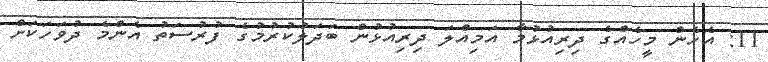
11: އެހެން މީހެއްގެ ދިރިއުޅުމާ އަމިއްލަ ދިރިއުޅުން ބަދަލުކުރުމުގެ ފުރުސަތު އެންމެ ދުވަހަކަށް